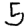
Digit: 5